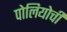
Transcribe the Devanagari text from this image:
पोलियोची